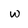
Character: w